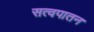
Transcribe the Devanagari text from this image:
सत्वपातन